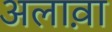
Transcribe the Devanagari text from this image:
अलाव़ा